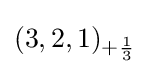
(3,2,1)_{+{1 \over 3}}